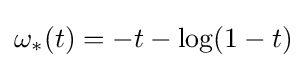
\omega _{*}(t)=-t-\log(1-t)